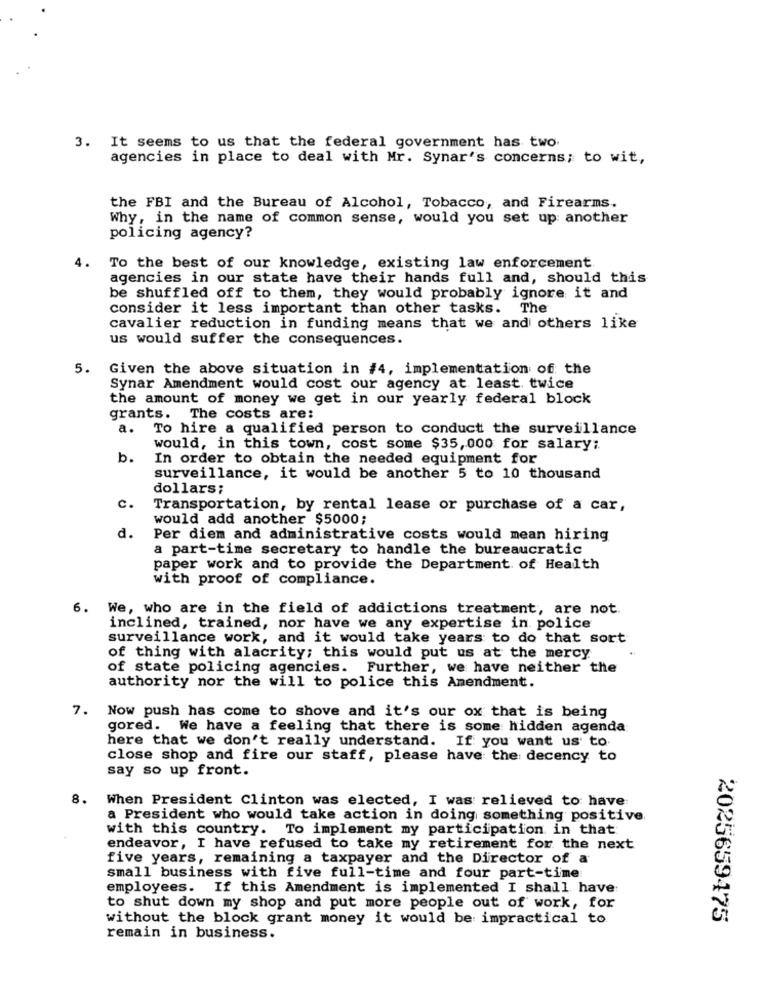
3. It seems to us that the federal government has two.
agencies in place to deal with Mr. Synar's concerns; to wit,
the FBI and the Bureau of Alcohol, Tobacco, and Firearms.
Why, in the name of common sense, would you set up: another
policing agency?
4.
To the best of our knowledge, existing law enforcement
agencies in our state have their hands full and, should this
be shuffled off to them, they would probably ignore it and
consider it less important than other tasks. The
cavalier reduction in funding means that we and others like
us would suffer the consequences.
5. Given the above situation in #4, implementation of the
Synar Amendment would cost our agency at least twice
the amount of money we get in our yearly federal block
grants. The costs are:
a.
To hire a qualified person to conduct the surveillance
would, in this town, cost some $35, 000 for salary;
b.
In order to obtain the needed equipment for
surveillance, it would be another 5 to 10 thousand
dollars;
C.
Transportation, by rental lease or purchase of a car,
would add another $5000;
d.
Per diem and administrative costs would mean hiring
a part-time secretary to handle the bureaucratic
paper work and to provide the Department of Health
with proof of compliance.
6. We, who are in the field of addictions treatment, are not.
inclined, trained, nor have we any expertise in police
surveillance work, and it would take years to do that sort
of thing with alacrity; this would put us at the mercy
of state policing agencies. Further, we have neither the
authority nor the will to police this Amendment.
7. Now push has come to shove and it's our ox that is being
gored.
We have a feeling that there is some hidden agenda
here that we don't really understand. If you want us to
close shop and fire our staff, please have the decency to
say so up front.
8.
When President Clinton was elected, I was relieved to have
a President who would take action in doing something positive
with this country. To implement my participation in that
endeavor, I have refused to take my retirement for the next
five years, remaining a taxpayer and the Director of a
small business with five full-time and four part-time
employees. If this Amendment is implemented I shall have
to shut down my shop and put more people out of work, for
without the block grant money it would be impractical to.
2025659475
remain in business.